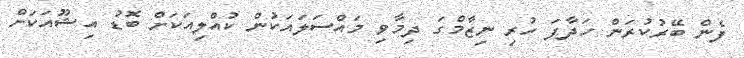
ފެން ބޭރުކުރަން ހަދާފަ ހުރި ނިޒާމްގަ ދިމާވި މައްސަލައަކުން ކުއްލިއަކަށް ބޮޑު އިޝޫއަކަށް